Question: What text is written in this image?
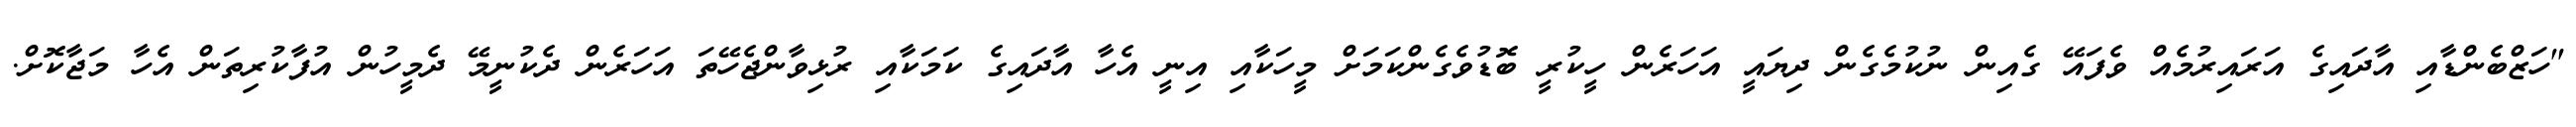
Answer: "ހަޒްބެންޑާއި އާދައިގެ އަރައިރުމެއް ވެފައޭ ގެއިން ނުކުމެގެން ދިޔައީ އަހަރެން ހީކުރީ ބޮޑުވެގެންކަމަށް މީހަކާއި އިނީ އެހާ އާދައިގެ ކަމަކާއި ރުޅިވާންޖެހޭތަ އަހަރެން ދެކުނީމޭ ދެމީހުން އުފާކުރިތަން އެހާ މަޖާކޮށް.